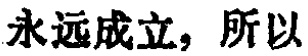
永远成立，所以